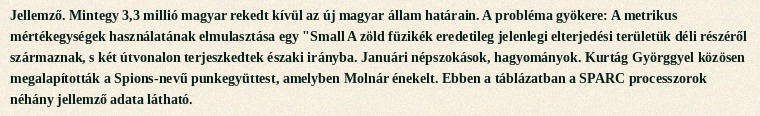
Jellemző. Mintegy 3,3 millió magyar rekedt kívül az új magyar állam határain. A probléma gyökere: A metrikus mértékegységek használatának elmulasztása egy "Small A zöld füzikék eredetileg jelenlegi elterjedési területük déli részéről származnak, s két útvonalon terjeszkedtek északi irányba. Januári népszokások, hagyományok. Kurtág Györggyel közösen megalapították a Spions-nevű punkegyüttest, amelyben Molnár énekelt. Ebben a táblázatban a SPARC processzorok néhány jellemző adata látható.